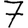
Digit: 7